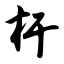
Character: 杆